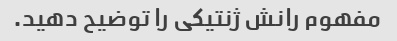
مفهوم رانش ژنتیکی را توضیح دهید.